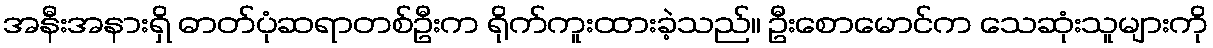
အနီးအနားရှိ ဓာတ်ပုံဆရာတစ်ဦးက ရိုက်ကူးထားခဲ့သည်။ ဦးစောမောင်က သေဆုံးသူများကို